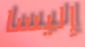
إليسا